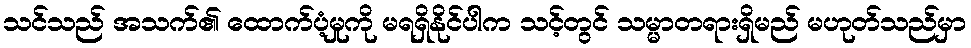
သင်သည် အသက်၏ ထောက်ပံ့မှုကို မရရှိနိုင်ပါက သင့်တွင် သမ္မာတရားရှိမည် မဟုတ်သည်မှာ